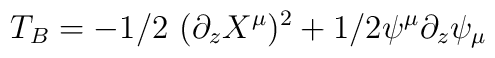
T_B = -1/2\ (\partial_z X^\mu )^2 +1/2 \psi^\mu \partial_z \psi_\mu